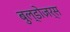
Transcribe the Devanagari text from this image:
बुल्डोज़र्स